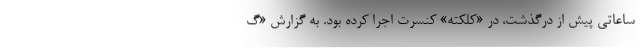
ساعاتی پیش از درگذشت، در «کلکته» کنسرت اجرا کرده بود. به گزارش «گ